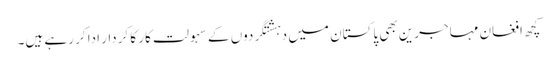
کچھ افغان مہاجرین بھی پاکستان میں دہشتگردوں کے سہولت کار کا کردار ادا کر رہے ہیں۔